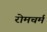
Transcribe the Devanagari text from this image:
रोमचर्म